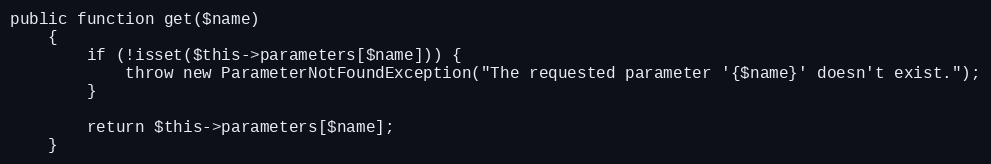
Language: PHP
public function get($name)
    {
        if (!isset($this->parameters[$name])) {
            throw new ParameterNotFoundException("The requested parameter '{$name}' doesn't exist.");
        }

        return $this->parameters[$name];
    }